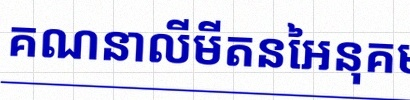
គណនាលីមីតនៃអនុគមន៍ខាងក្រោម